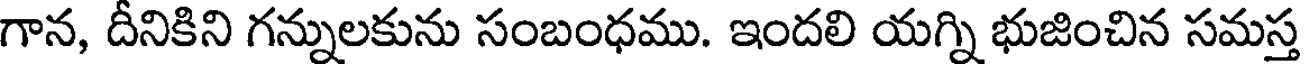
గాన, దీనికిని గన్నులకును సంబంధము. ఇందలి యగ్ని భుజించిన సమస్త